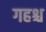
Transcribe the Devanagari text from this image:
गहश्च